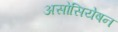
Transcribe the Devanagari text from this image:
असोसियेषन